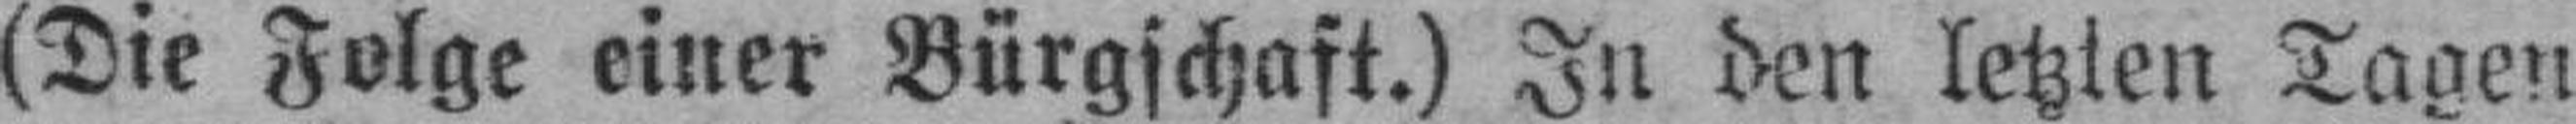
(Die Folge einer Bürgschaft.) In den letzten Tagen